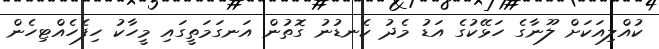
ކުއްލިއަކަށް ލޫނާގެ ހަޅޭކުގެ އަޑު މެދު ކެނޑުނު ގޮތުން އަނގަމަތީގައި މީހާކު ހިފެހެއްޓިހެން